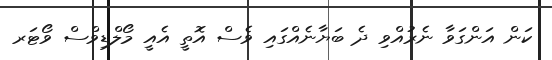
ކަން އަންގަވާ ނެރުއްވި ދެ ބަޔާނެއްގައި ވެސް އޮތީ އެއީ މޯލްޑިވްސް ވޯޓަރ